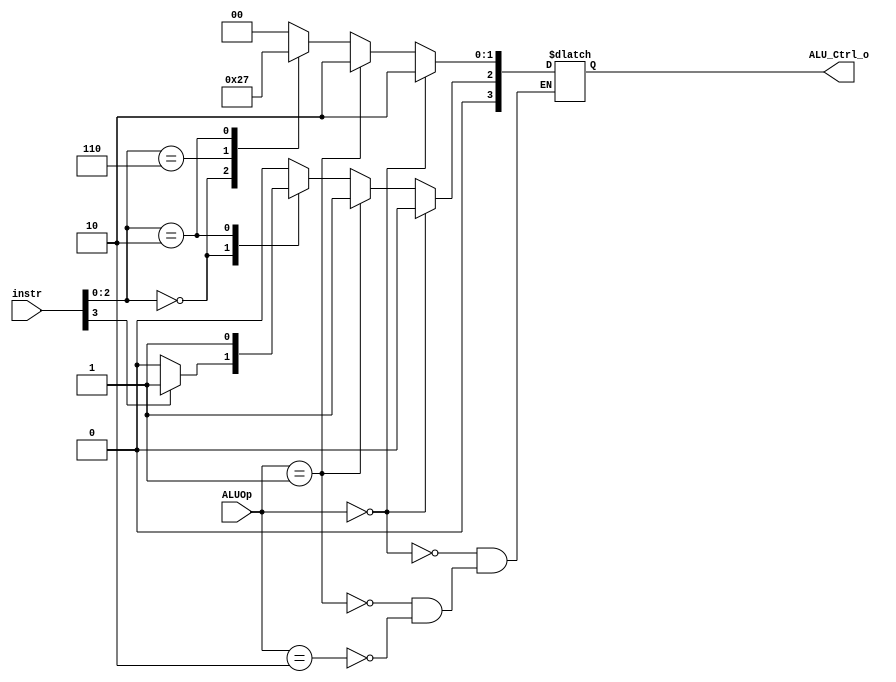

`timescale 1ns/1ps
/*instr[30,14:12]*/
module ALU_Ctrl(
    input       [4-1:0] instr,
    input       [2-1:0] ALUOp,
    output      [4-1:0] ALU_Ctrl_o
);
wire [2:0] func3;
assign func3 = instr[2:0];
/* Write your code HERE */
reg [4-1:0] ctl;
assign ALU_Ctrl_o = ctl;

always @(*) begin
	if(ALUOp == 2'b00) begin 			//lw,sw,addi
		ctl <= 4'b0010; 
	end	else if(ALUOp == 2'b01) begin 	//beq
		ctl <= 4'b0110; 
	end	else if(ALUOp == 2'b10) begin	//R-type
		case(func3)
			3'b000:begin				//add
				ctl <= 4'b0010;
				ctl[2] <= (instr[3] == 1 ? 1 : 0);//sub
			end
			3'b111: begin				//and
				ctl <= 4'b0000;
			end
			3'b110: begin				//or
				ctl <= 4'b0001;
			end	
			3'b010: begin				//slt
				ctl <= 4'b0111;	
			end
			default: begin
				ctl <= 4'b0000;
			end
		endcase
	end	
end	

endmodule